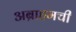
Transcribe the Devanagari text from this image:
अब्राहमची